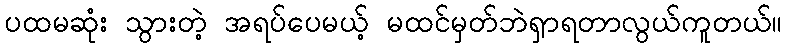
ပထမဆုံး သွားတဲ့ အရပ်ပေမယ့် မထင်မှတ်ဘဲရှာရတာလွယ်ကူတယ်။